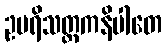
ဥပရိသတ္တကနိပါတေ